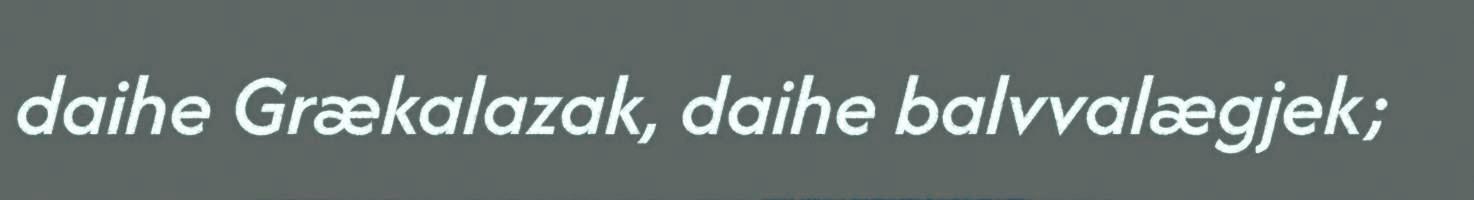
daihe Grækalazak, daihe balvvalægjek;